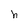
Character: h